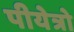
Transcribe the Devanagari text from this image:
पीयेत्रो